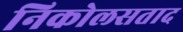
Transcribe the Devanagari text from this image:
निकोलसताद